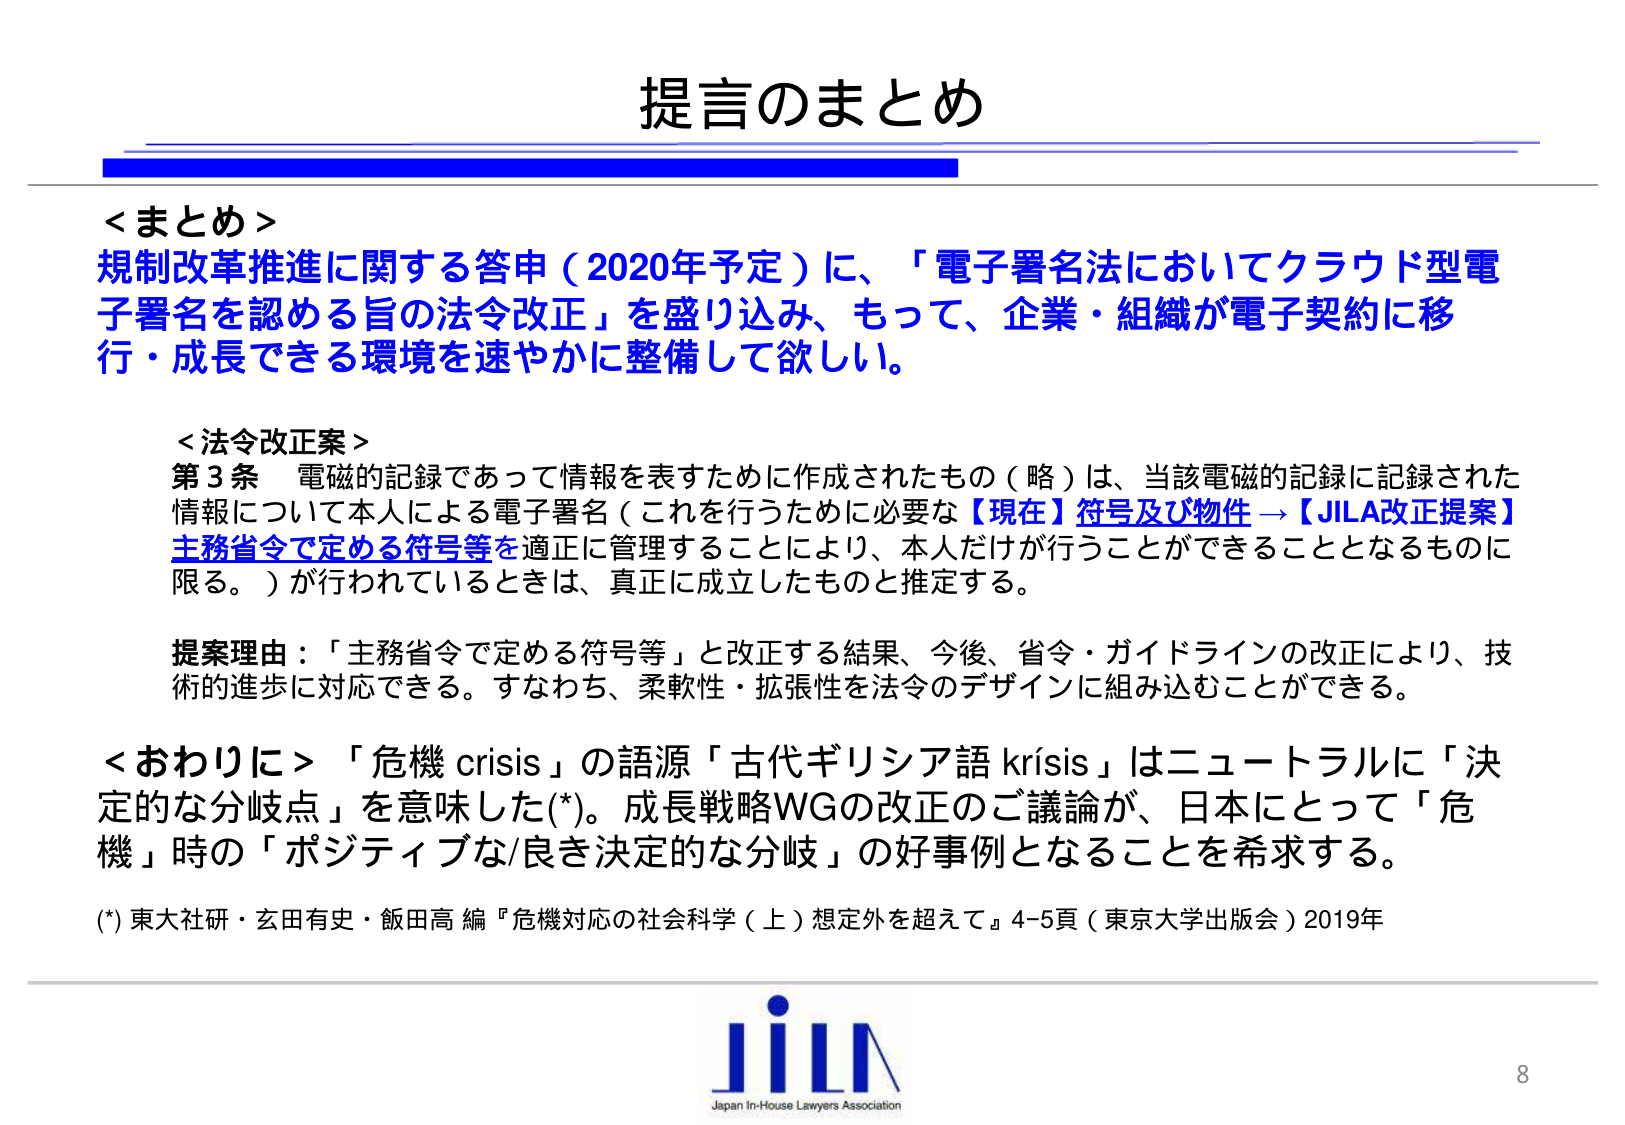
提言のまとめ

＜まとめ＞
規制改革推進に関する答申（2020年予定）に、「電子署名法においてクラウド型電子署名を認める旨の法令改正」を盛り込み、もって、企業・組織が電子契約に移行・成長できる環境を速やかに整備して欲しい。

＜法令改正案＞
第3条 電磁的記録であって情報を表すために作成されたもの（略）は、当該電磁的記録に記録された情報について本人による電子署名（これを行うために必要な【現在】符号及び物件 → 【JILA改正提案】主務省令で定める符号等を適正に管理することにより、本人だけが行うことができることとなるものに限る。）が行われているときは、真正に成立したものと推定する。

提案理由：「主務省令で定める符号等」と改正する結果、今後、省令・ガイドラインの改正により、技術的進歩に対応できる。すなわち、柔軟性・拡張性を法令のデザインに組み込むことができる。

＜おわりに＞「危機 crisis」の語源「古代ギリシア語 krísis」はニュートラルに「決定的な分岐点」を意味した(*)。成長戦略WGの改正のご議論が、日本にとって「危機」時の「ポジティブな/良き決定的な分岐」の好事例となることを希求する。

(*) 東大社研・玄田有史・飯田高 編『危機対応の社会科学（上）想定外を超えて』4-5頁（東京大学出版会）2019年

JILA
Japan In-House Lawyers Association
8